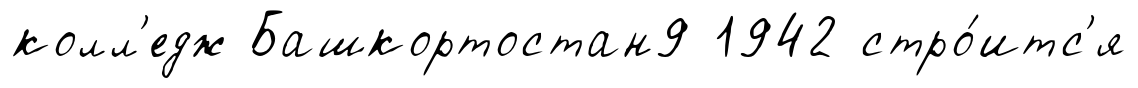
колл'едж Башкортостан9 1942 стро́итс'я